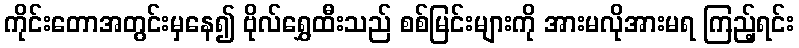
ကိုင်းတောအတွင်းမှနေ၍ ဗိုလ်ရွှေထီးသည် စစ်မြင်းများကို အားမလိုအားမရ ကြည့်ရင်း